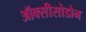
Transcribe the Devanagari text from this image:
ऑक्सीसोडोन